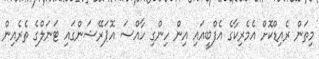
މިތަން ރެއިޑްކޮށް އެމެރިކާގެ އެފްބީއައި އިން ހިންގި ހާއްސަ އޮޕަރޭޝަންގައި ޓަނަލްގެ ތެރެއިން